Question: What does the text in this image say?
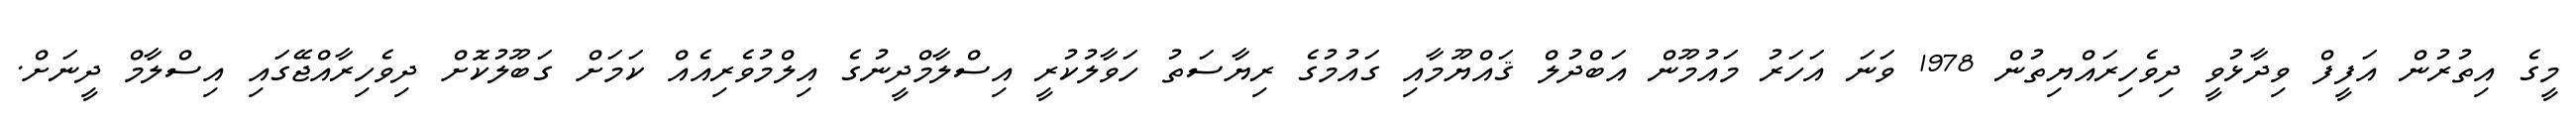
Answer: މީގެ އިތުރުން އަފީފް ވިދާޅުވީ ދިވެހިރައްޔިތުން 1978 ވަނަ އަހަރު މައުމޫން އަބްދުލް ޤައްޔޫމާއި ގައުމުގެ ރިޔާސަތު ހަވާލުކުރީ އިސްލާމްދީނުގެ އިލްމުވެރިއެއް ކަމަށް ގަބޫލުކޮށް ދިވެހިރާއްޖޭގައި އިސްލާމް ދީނަށް.